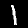
Digit: 1